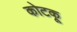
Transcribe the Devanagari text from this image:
कोटकू